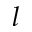
l